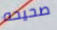
صحيحه